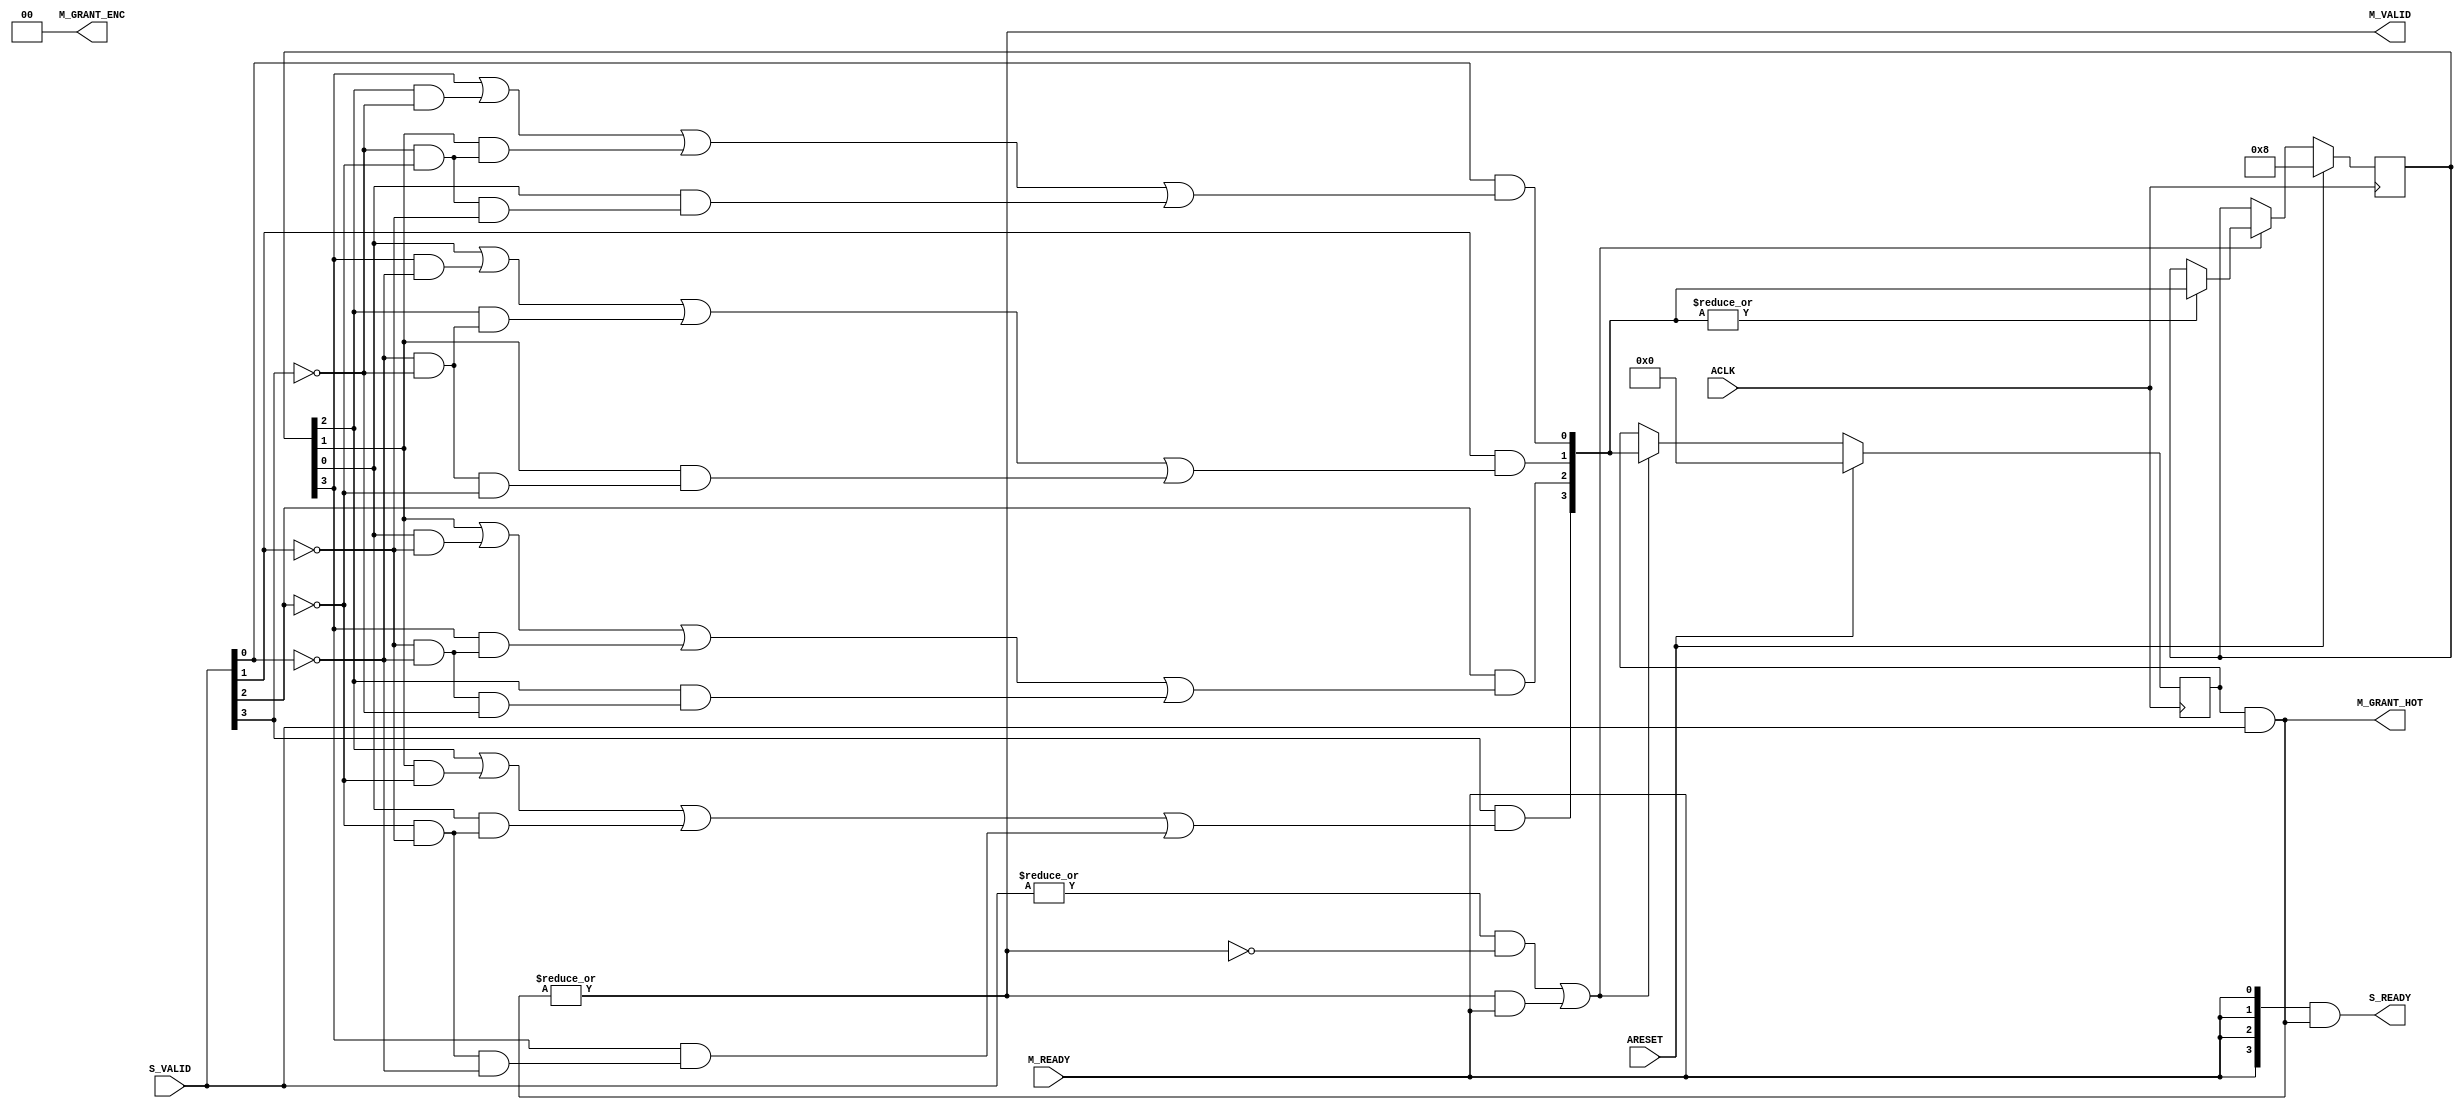
// -- (c) Copyright 2010 - 2011 Xilinx, Inc. All rights reserved.
// --
// -- This file contains confidential and proprietary information
// -- of Xilinx, Inc. and is protected under U.S. and 
// -- international copyright and other intellectual property
// -- laws.
// --
// -- DISCLAIMER
// -- This disclaimer is not a license and does not grant any
// -- rights to the materials distributed herewith. Except as
// -- otherwise provided in a valid license issued to you by
// -- Xilinx, and to the maximum extent permitted by applicable
// -- law: (1) THESE MATERIALS ARE MADE AVAILABLE "AS IS" AND
// -- WITH ALL FAULTS, AND XILINX HEREBY DISCLAIMS ALL WARRANTIES
// -- AND CONDITIONS, EXPRESS, IMPLIED, OR STATUTORY, INCLUDING
// -- BUT NOT LIMITED TO WARRANTIES OF MERCHANTABILITY, NON-
// -- INFRINGEMENT, OR FITNESS FOR ANY PARTICULAR PURPOSE; and
// -- (2) Xilinx shall not be liable (whether in contract or tort,
// -- including negligence, or under any other theory of
// -- liability) for any loss or damage of any kind or nature
// -- related to, arising under or in connection with these
// -- materials, including for any direct, or any indirect,
// -- special, incidental, or consequential loss or damage
// -- (including loss of data, profits, goodwill, or any type of
// -- loss or damage suffered as a result of any action brought
// -- by a third party) even if such damage or loss was
// -- reasonably foreseeable or Xilinx had been advised of the
// -- possibility of the same.
// --
// -- CRITICAL APPLICATIONS
// -- Xilinx products are not designed or intended to be fail-
// -- safe, or for use in any application requiring fail-safe
// -- performance, such as life-support or safety devices or
// -- systems, Class III medical devices, nuclear facilities,
// -- applications related to the deployment of airbags, or any
// -- other applications that could lead to death, personal
// -- injury, or severe property or environmental damage
// -- (individually and collectively, "Critical
// -- Applications"). Customer assumes the sole risk and
// -- liability of any use of Xilinx products in Critical
// -- Applications, subject only to applicable laws and
// -- regulations governing limitations on product liability.
// --
// -- THIS COPYRIGHT NOTICE AND DISCLAIMER MUST BE RETAINED AS
// -- PART OF THIS FILE AT ALL TIMES.
//-----------------------------------------------------------------------------
//
// Round-Robin Arbiter for R and B channel responses
// Verilog-standard:  Verilog 2001
//--------------------------------------------------------------------------
//
// Structure:
//    arbiter_resp
//--------------------------------------------------------------------------
`timescale 1ps/1ps

(* DowngradeIPIdentifiedWarnings="yes" *) 
module axi_interconnect_v1_7_arbiter_resp #
  (
   parameter         C_FAMILY       = "none",
   parameter integer C_NUM_S        = 4,      // Number of requesting Slave ports = [2:16]
   parameter integer C_NUM_S_LOG    = 2,      // Log2(C_NUM_S)
   parameter integer C_GRANT_ENC    = 0,      // Enable encoded grant output
   parameter integer C_GRANT_HOT    = 1       // Enable 1-hot grant output
   )
  (
   // Global Inputs
   input  wire                     ACLK,
   input  wire                     ARESET,
   // Slave  Ports
   input  wire [C_NUM_S-1:0]       S_VALID,      // Request from each slave
   output wire [C_NUM_S-1:0]       S_READY,      // Grant response to each slave
   // Master Ports
   output wire [C_NUM_S_LOG-1:0]   M_GRANT_ENC,  // Granted slave index (encoded)
   output wire [C_NUM_S-1:0]       M_GRANT_HOT,  // Granted slave index (1-hot)
   output wire                     M_VALID,      // Grant event
   input  wire                     M_READY
   );

  // Generates a binary coded from onehotone encoded
  function [4:0] f_hot2enc
    (
      input [16:0]  one_hot
    );
    begin
      f_hot2enc[0] = |(one_hot & 17'b01010101010101010);
      f_hot2enc[1] = |(one_hot & 17'b01100110011001100);
      f_hot2enc[2] = |(one_hot & 17'b01111000011110000);
      f_hot2enc[3] = |(one_hot & 17'b01111111100000000);
      f_hot2enc[4] = |(one_hot & 17'b10000000000000000);
    end
  endfunction

  (* use_clock_enable = "yes" *)
  reg [C_NUM_S-1:0]      chosen;
  
  wire [C_NUM_S-1:0]     grant_hot; 
  wire                   master_selected; 
  wire                   active_master;
  wire                   need_arbitration;
  wire                   m_valid_i;
  wire [C_NUM_S-1:0]     s_ready_i;
  wire                   access_done;
  reg [C_NUM_S-1:0]      last_rr_hot;
  wire [C_NUM_S-1:0]     valid_rr;
  reg [C_NUM_S-1:0]      next_rr_hot;
  reg [C_NUM_S*C_NUM_S-1:0] carry_rr;
  reg [C_NUM_S*C_NUM_S-1:0] mask_rr;
  integer                 i;
  integer                 j;
  integer                 n;
  
  /////////////////////////////////////////////////////////////////////////////
  //   
  // Implementation of the arbiter outputs independant of arbitration
  //
  /////////////////////////////////////////////////////////////////////////////
  
  // Mask the current requests with the chosen master
  assign grant_hot        = chosen & S_VALID;

  // See if we have a selected master
  assign master_selected  = |grant_hot[0+:C_NUM_S];

  // See if we have current requests
  assign active_master    = |S_VALID;

  // Access is completed
  assign access_done = m_valid_i & M_READY;
  
  // Need to handle if we drive S_ready combinatorial and without an IDLE state

  // Drive S_READY on the master who has been chosen when we get a M_READY
  assign s_ready_i = {C_NUM_S{M_READY}} & grant_hot[0+:C_NUM_S];

  // Drive M_VALID if we have a selected master
  assign m_valid_i = master_selected;
                
  // If we have request and not a selected master, we need to arbitrate a new chosen 
  assign need_arbitration = (active_master & ~master_selected) | access_done;

  // need internal signals of the output signals
  assign M_VALID = m_valid_i;
  assign S_READY = s_ready_i;

  /////////////////////////////////////////////////////////////////////////////
  // Assign conditional onehot target output signal.
  assign M_GRANT_HOT = (C_GRANT_HOT == 1) ? grant_hot[0+:C_NUM_S] : {C_NUM_S{1'b0}};
  /////////////////////////////////////////////////////////////////////////////
  // Assign conditional encoded target output signal.
  assign M_GRANT_ENC = (C_GRANT_ENC == 1) ? f_hot2enc(grant_hot) : {C_NUM_S_LOG{1'b0}};
  
  /////////////////////////////////////////////////////////////////////////////
  // Select a new chosen when we need to arbitrate
  // If we don't have a new chosen, keep the old one since it's a good chance
  // that it will do another request
  always @(posedge ACLK)
    begin
      if (ARESET) begin
        chosen <= {C_NUM_S{1'b0}};
        last_rr_hot <= {1'b1, {C_NUM_S-1{1'b0}}};
      end else if (need_arbitration) begin
        chosen <= next_rr_hot;   
        if (|next_rr_hot) last_rr_hot <= next_rr_hot;
      end
    end

  assign valid_rr =  S_VALID;

  /////////////////////////////////////////////////////////////////////////////
  // Round-robin arbiter
  // Selects next request to grant from among inputs with PRIO = 0, if any.
  /////////////////////////////////////////////////////////////////////////////
  
  always @ * begin
    next_rr_hot = 0;
    for (i=0;i<C_NUM_S;i=i+1) begin
      n = (i>0) ? (i-1) : (C_NUM_S-1);
      carry_rr[i*C_NUM_S] = last_rr_hot[n];
      mask_rr[i*C_NUM_S] = ~valid_rr[n];
      for (j=1;j<C_NUM_S;j=j+1) begin
        n = (i-j > 0) ? (i-j-1) : (C_NUM_S+i-j-1);
        carry_rr[i*C_NUM_S+j] = carry_rr[i*C_NUM_S+j-1] | (last_rr_hot[n] & mask_rr[i*C_NUM_S+j-1]);
        if (j < C_NUM_S-1) begin
          mask_rr[i*C_NUM_S+j] = mask_rr[i*C_NUM_S+j-1] & ~valid_rr[n];
        end
      end   
      next_rr_hot[i] = valid_rr[i] & carry_rr[(i+1)*C_NUM_S-1];
    end
  end
  
endmodule